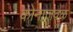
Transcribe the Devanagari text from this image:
कोनाजवळ